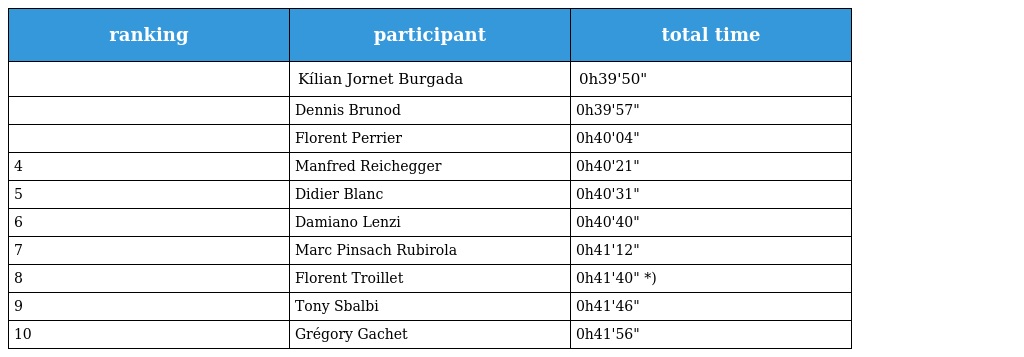
| ranking | participant | total time |
 | --- | --- | --- |
 |  | Kílian Jornet Burgada | 0h39'50" |
 |  | Dennis Brunod | 0h39'57" |
 |  | Florent Perrier | 0h40'04" |
 | 4 | Manfred Reichegger | 0h40'21" |
 | 5 | Didier Blanc | 0h40'31" |
 | 6 | Damiano Lenzi | 0h40'40" |
 | 7 | Marc Pinsach Rubirola | 0h41'12" |
 | 8 | Florent Troillet | 0h41'40" *) |
 | 9 | Tony Sbalbi | 0h41'46" |
 | 10 | Grégory Gachet | 0h41'56" |